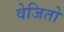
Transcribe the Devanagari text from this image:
वेजितो